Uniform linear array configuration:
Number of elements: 64
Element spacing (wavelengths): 0.25
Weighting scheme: kaiser
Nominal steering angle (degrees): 60
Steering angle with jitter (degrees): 60.063
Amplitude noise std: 0.05
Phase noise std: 0.05

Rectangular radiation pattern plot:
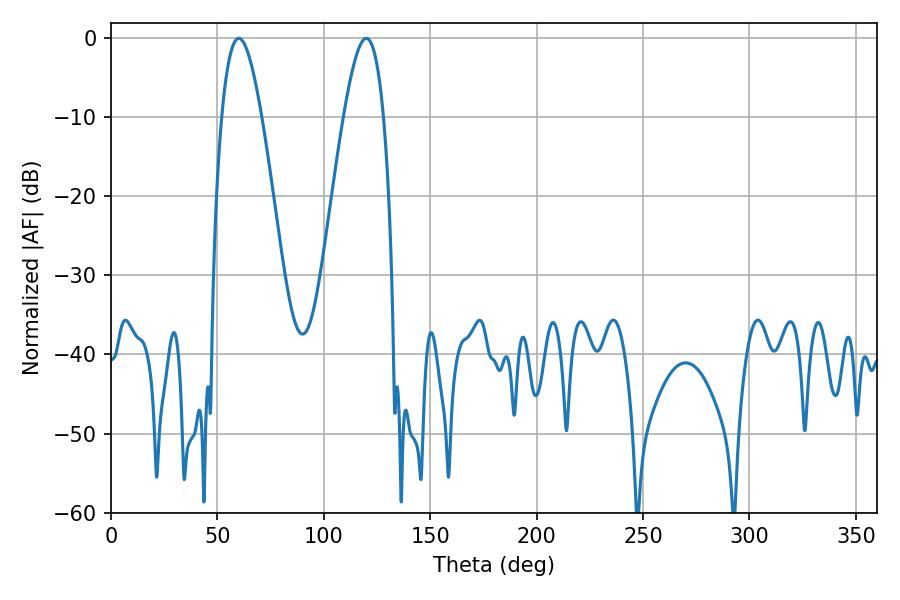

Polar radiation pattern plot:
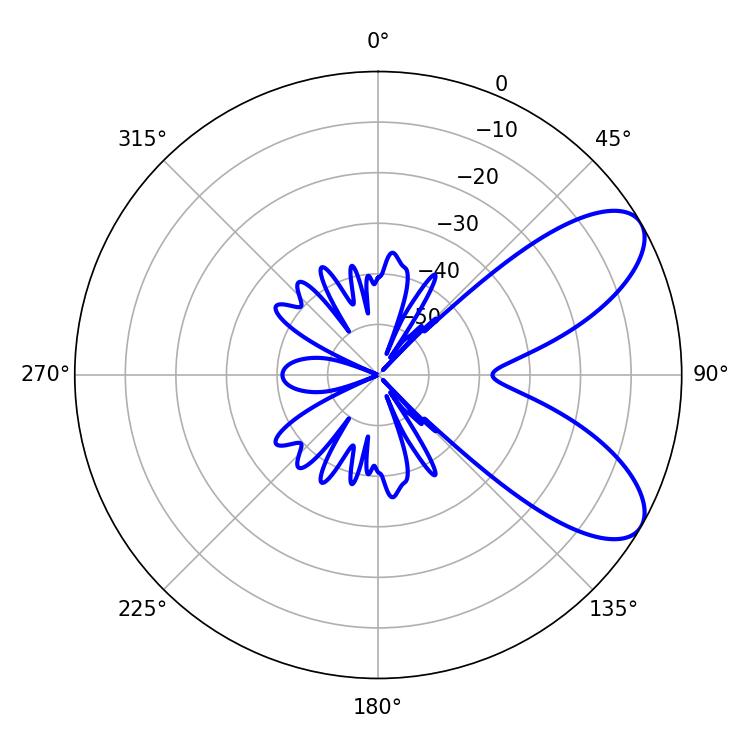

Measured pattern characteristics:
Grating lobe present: FALSE
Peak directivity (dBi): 7.754
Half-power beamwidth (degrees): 10.08
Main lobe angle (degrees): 60.12